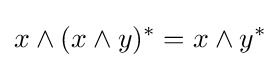
x\wedge (x\wedge y)^{*}=x\wedge y^{*}